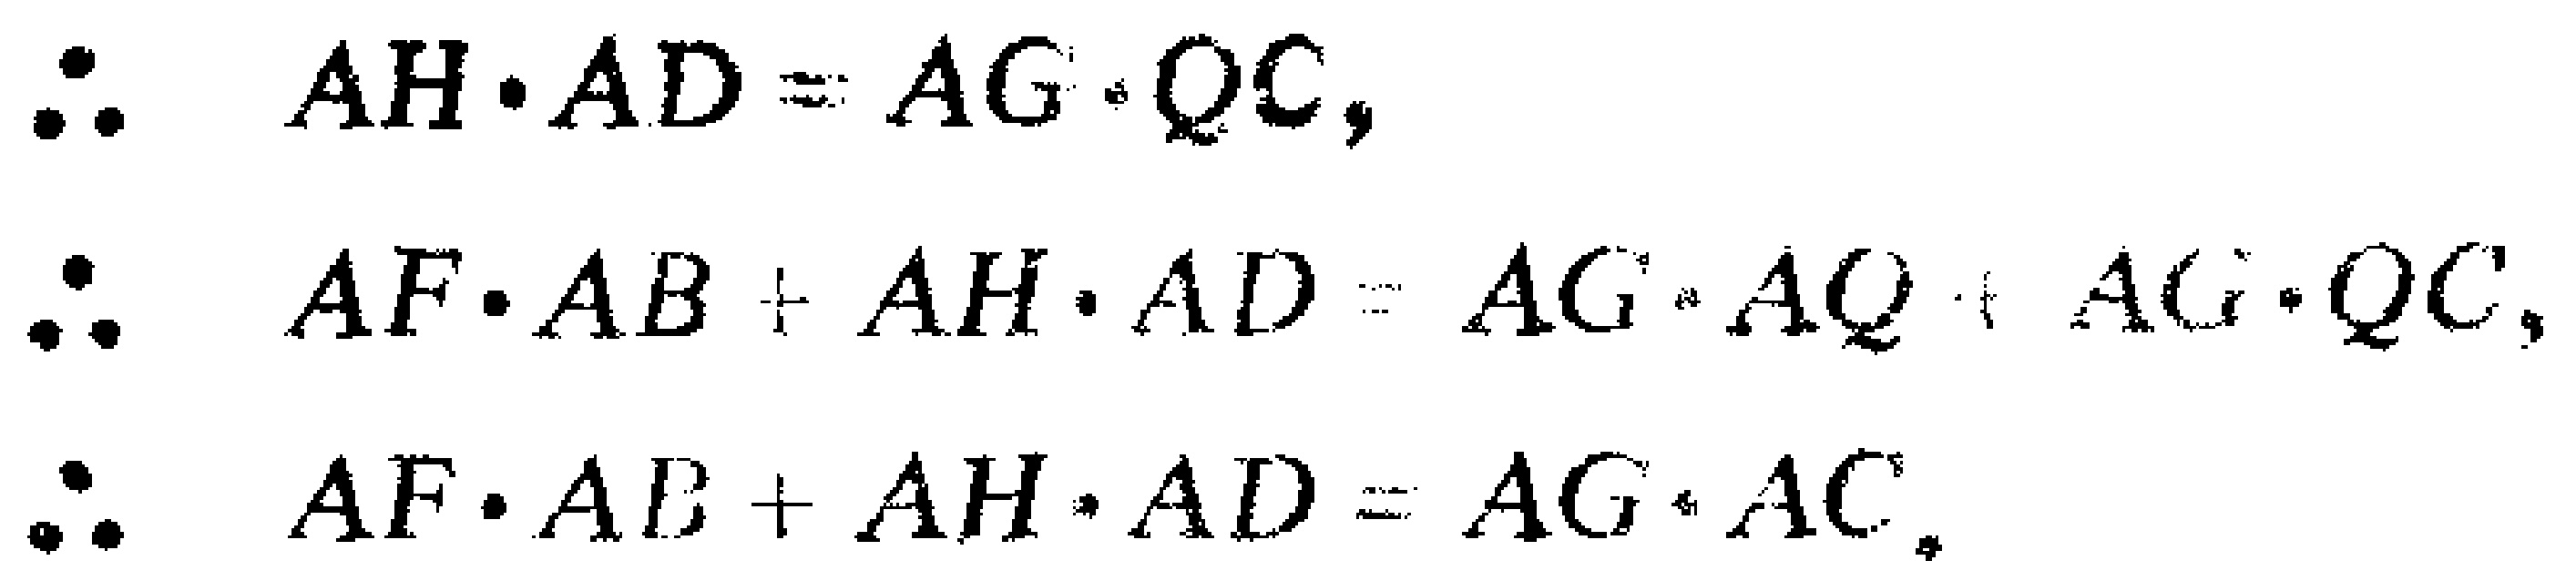
\begin{align*}
\therefore\quad AH\cdot AD&=AG\cdot QC,\\
\therefore\quad AF\cdot AB + AH\cdot AD&=AG\cdot AQ+ AG\cdot QC,\\
\therefore\quad AF\cdot AB + AH\cdot AD&=AG\cdot AC.
\end{align*}